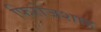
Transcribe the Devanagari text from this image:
फिरोजशाह